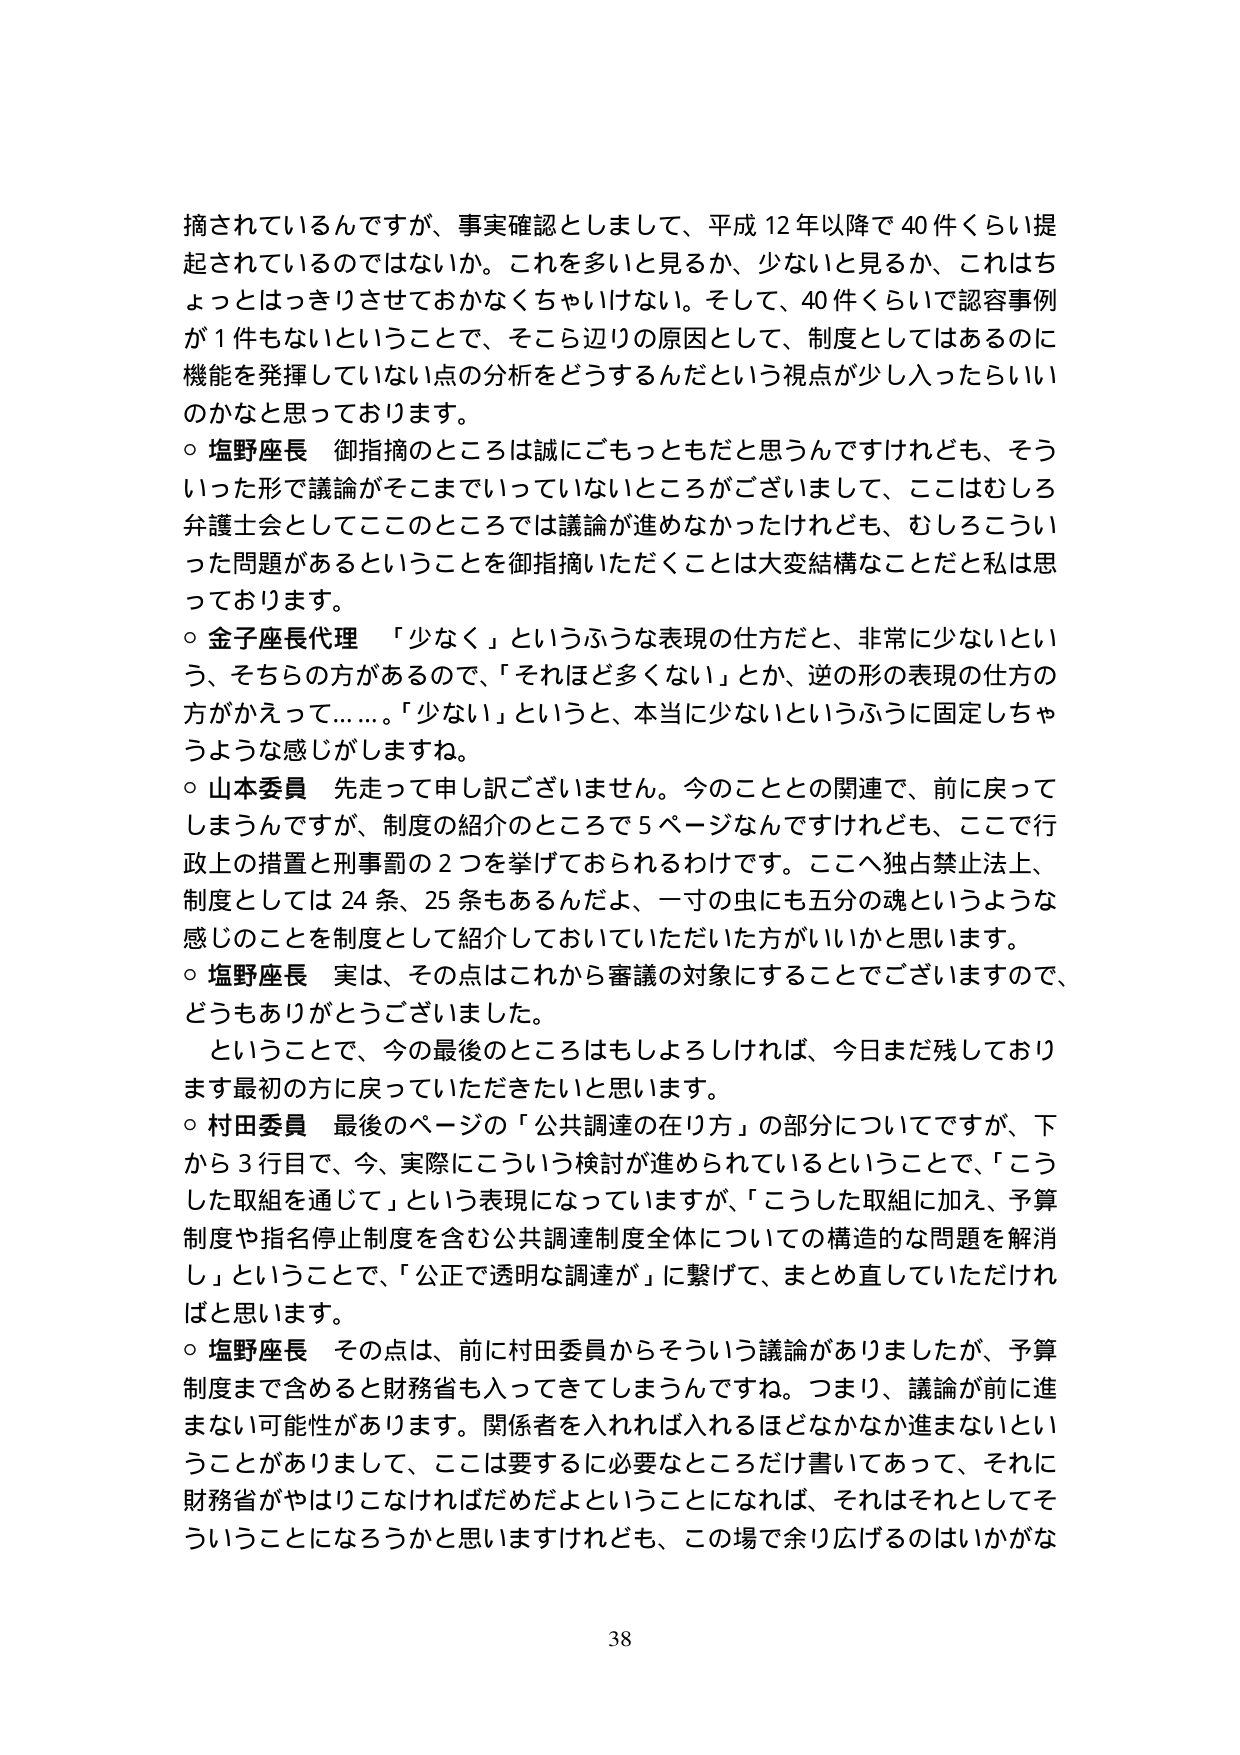
摘されているんですが、事実確認としまして、平成12年以降で40件くらい提起されているのではないでしょうか。これを多いと見るか、少ないと思うか、これはちょっとはっきりさせておかなくちゃいけない。そして、40件くらいで認容事例が1件もないということで、そこら辺りの原因として、制度としてはあるのに機能を発揮していない点の分析をどうするんだという視点が少し入ったらいいのかなと思っております。

○ 塩野座長 御指摘のところは誠にごもっともだと思うんですけれども、そういった形で議論がそこまでいっていないところがございまして、ここはむしろ弁護士会としてこのところでは議論が進めなかったけれども、むしろこういった問題があるということを御指摘いただくことは大変結構なことだと私は思っております。

○ 金子座長代理 「少なく」というふうな表現の仕方だと、非常に少ないという、そちらの方があるので、「それほど多くない」とか、逆の形の表現の仕方の方がかえって……。「少ない」というと、本当に少ないというふうに固定しちゃうような感じがしますね。

○ 山本委員 先走って申し訳ございません。今のこととの関連で、前に戻ってしまうんですが、制度の紹介のところで5ページなんですけれども、ここで行政上の措置と刑事罰の2つを挙げておられるわけです。ここへ独占禁止法上、制度としては24条、25条もあるんだよ、一寸の虫にも五分の魂というような感じのことを制度として紹介しておいていただいた方がいいかと思います。

○ 塩野座長 実は、その点はこれから審議の対象にすることでございますので、どうもありがとうございました。

ということで、今の最後のところはもしそうしければ、今日まだ残しております最初の方に戻っていただきたいと思います。

○ 村田委員 最後のページの「公共調達の在り方」の部分についてですが、下から3行目で、今、実際にこういう検討が進められているということで、「こうした取組を通じて」という表現になっていますが、「こうした取組に加え、予算制度や指名停止制度を含む公共調達制度全体についての構造的な問題を解消し」ということで、「公正で透明な調達が」に繋げて、まとめ直していただければと思います。

○ 塩野座長 その点は、前に村田委員からそういう議論がありましたが、予算制度まで含めると財務省も入ってきてしまうんですね。つまり、議論が前に進まない可能性があります。関係者を入れれば入れるほどなかなか進まないということがありまして、ここは要するに必要なところだけ書いてあって、それに財務省がやはりこなければだめだよということになれば、それはそれとしてそういうことになるろうかと思いますけれども、この場で余り広げるのはいかがな

38